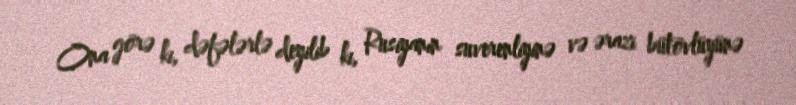
Ona görə ki, dəfələrlə deyilib ki, Rusiyanın suverenliyinə və ərazi bütövlüyünə